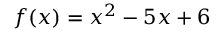
f ( x ) = x ^ { 2 } - 5 x + 6